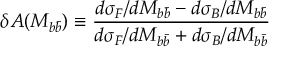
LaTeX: \delta { \cal A } ( M _ { b \bar { b } } ) \equiv \frac { d \sigma _ { F } / d M _ { b \bar { b } } - d \sigma _ { B } / d M _ { b \bar { b } } } { d \sigma _ { F } / d M _ { b \bar { b } } + d \sigma _ { B } / d M _ { b \bar { b } } }